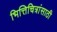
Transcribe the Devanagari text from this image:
भित्तिचित्रांसाठी